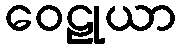
ဝေဠုယာ